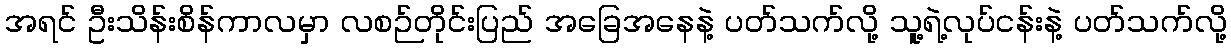
အရင် ဦးသိန်းစိန်ကာလမှာ လစဉ်တိုင်းပြည် အခြေအနေနဲ့ ပတ်သက်လို့ သူ့ရဲ့လုပ်ငန်းနဲ့ ပတ်သက်လို့